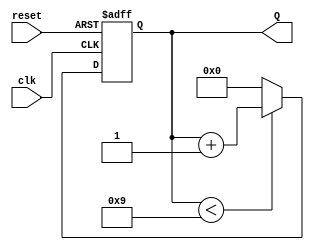
module BCD_Counter (
    input wire clk,       // Clock signal
    input wire reset,     // Asynchronous reset signal
    output reg [3:0] Q    // 4-bit output for BCD count
);

    // Always block triggered on the rising edge of the clock or the reset signal
    always @(posedge clk or posedge reset) begin
        if (reset) begin
            // If reset is high, set the counter to 0
            Q <= 4'b0000;
        end else begin
            // Increment the counter if it's less than 9
            if (Q < 4'b1001) begin
                Q <= Q + 1;
            end else begin
                // Reset the counter back to 0 after reaching 9
                Q <= 4'b0000;
            end
        end
    end

endmodule